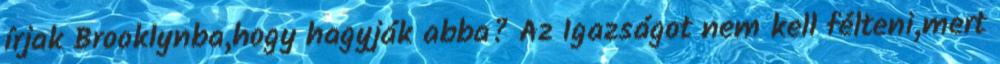
írjak Brooklynba,hogy hagyják abba? Az Igazságot nem kell félteni,mert